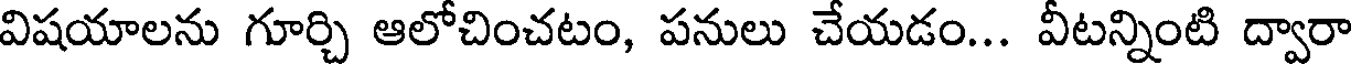
విషయాలను గూర్చి ఆలోచించటం, పనులు చేయడం... వీటన్నింటి ద్వారా